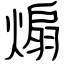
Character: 煽